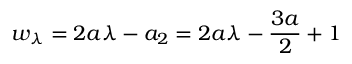
w _ { \lambda } = 2 a \lambda - a _ { 2 } = 2 a \lambda - \frac { 3 a } { 2 } + 1